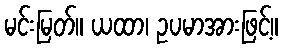
မင်းမြတ်။ ယထာ၊ ဥပမာအားဖြင့်။